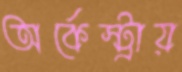
অর্কেস্ট্রায়